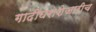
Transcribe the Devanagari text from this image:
गादीघराशेजारीच